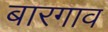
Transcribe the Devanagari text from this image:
बारगाव